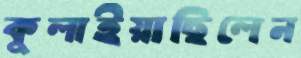
কুলাইয়াছিলেন